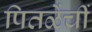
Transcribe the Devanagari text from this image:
पितळेंचीं